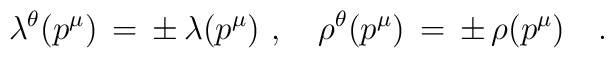
\lambda^\theta(p^\mu)\,=\,\pm\,\lambda(p^\mu)\,\,,\quad\rho^\theta(p^\mu) \,=\,\pm\,\rho(p^\mu)\quad.